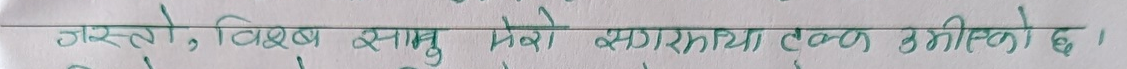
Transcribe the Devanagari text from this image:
जस्तो, विश्व सामु मेरो सगरमाथा टल्किएको छ ।